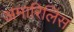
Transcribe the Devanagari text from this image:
अमारिलिस